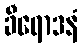
ခီရောဒနံ